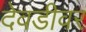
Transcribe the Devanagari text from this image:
देवडीवर